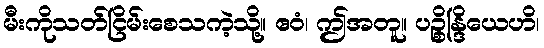
မီးကိုသတ်ငြိမ်းစေသကဲ့သို့။ ဧဝံ၊ ဤအတူ။ ပဉ္စိန္ဒြိယေဟိ၊